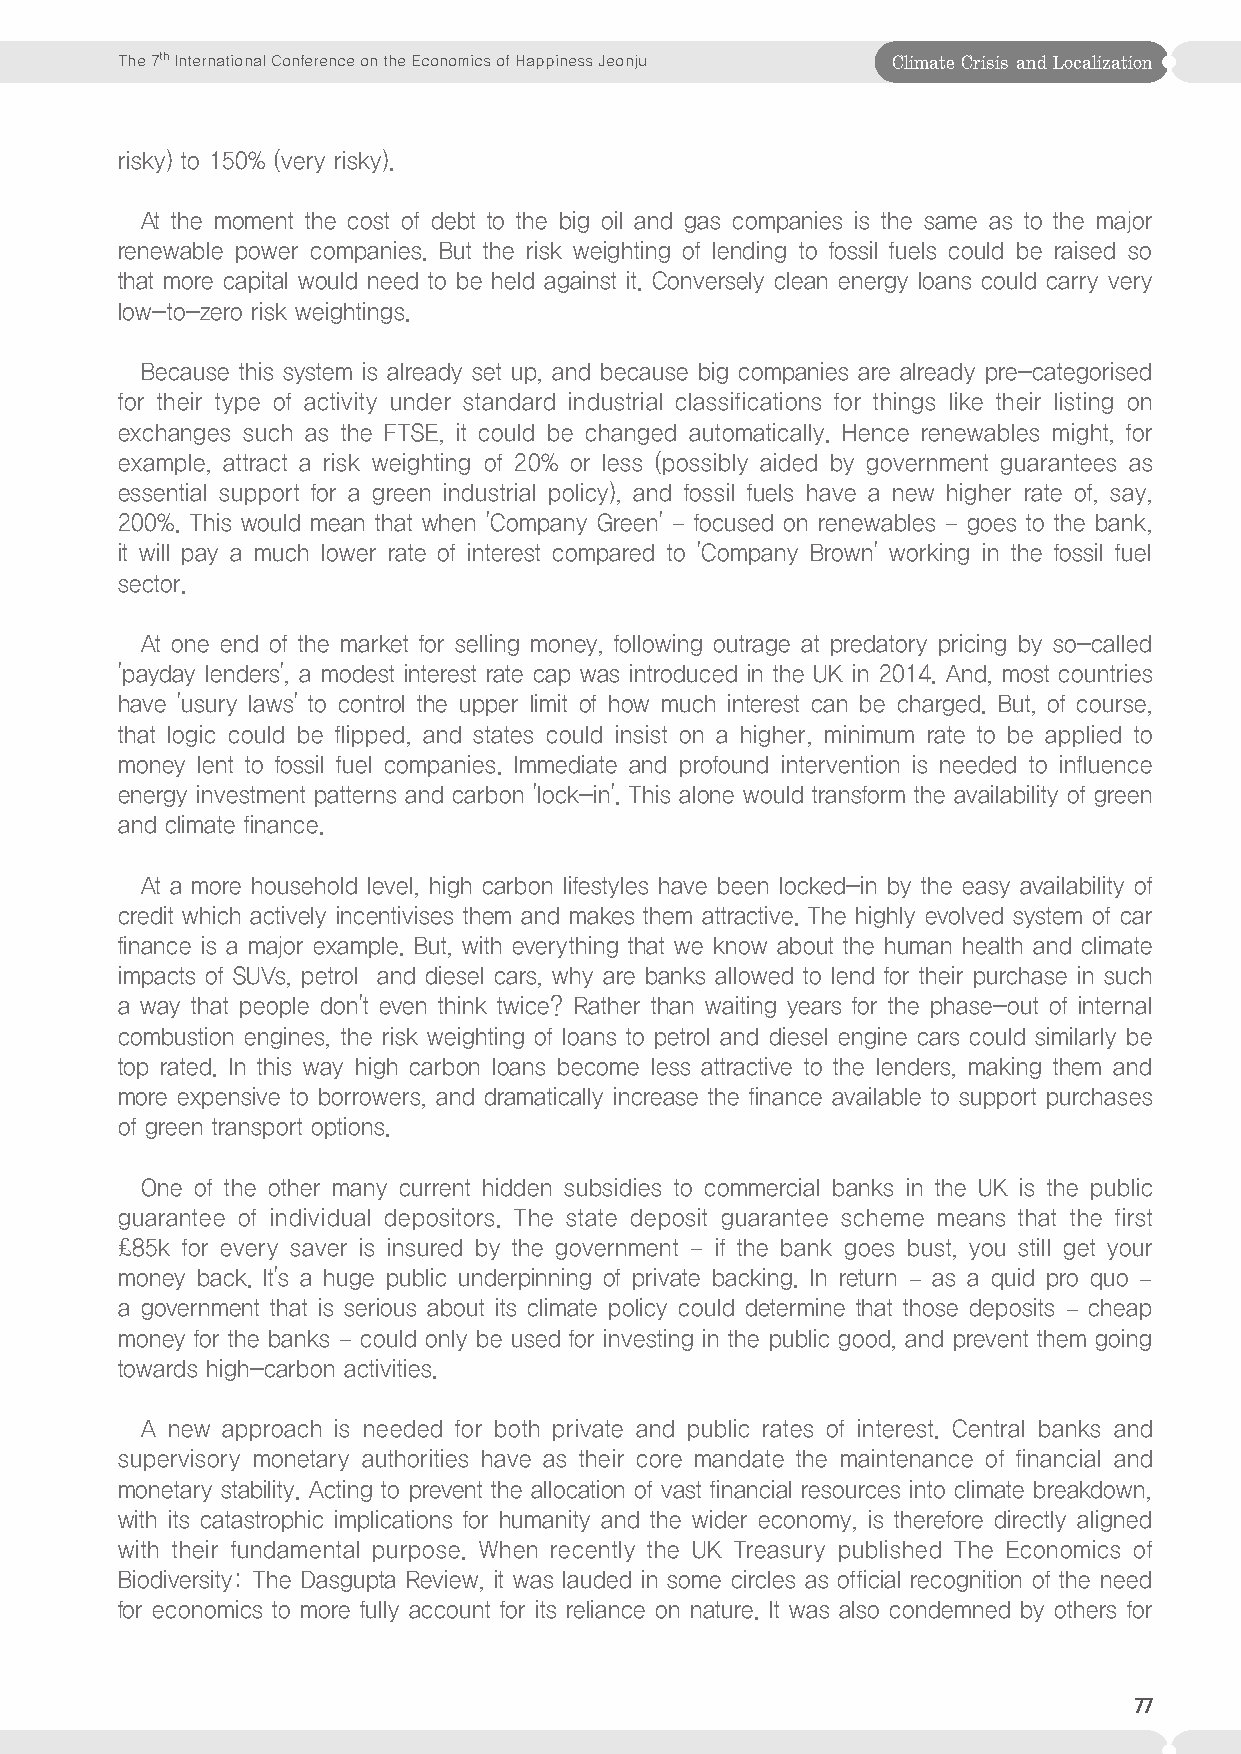
The 7th International Conference on the Economics of Happiness Jeonju Climate Crisis and Localization
 risky) to 150% (very risky).
 At the moment the cost of debt to the big oil and gas companies is the same as to the major
 renewable power companies. But the risk weighting of lending to fossil fuels could be raised so
 that more capital would need to be held against it. Conversely clean energy loans could carry very
 low-to-zero risk weightings.
 Because this system is already set up, and because big companies are already pre-categorised
 for their type of activity under standard industrial classifications for things like their listing on
 exchanges such as the FTSE, it could be changed automatically. Hence renewables might, for
 example, attract a risk weighting of 20% or less (possibly aided by government guarantees as
 essential support for a green industrial policy), and fossil fuels have a new higher rate of, say,
 200%. This would mean that when 'Company Green' – focused on renewables – goes to the bank,
 it will pay a much lower rate of interest compared to 'Company Brown' working in the fossil fuel
 sector.
 At one end of the market for selling money, following outrage at predatory pricing by so-called
 'payday lenders', a modest interest rate cap was introduced in the UK in 2014. And, most countries
 have 'usury laws' to control the upper limit of how much interest can be charged. But, of course,
 that logic could be flipped, and states could insist on a higher, minimum rate to be applied to
 money lent to fossil fuel companies. Immediate and profound intervention is needed to influence
 energy investment patterns and carbon 'lock-in'. This alone would transform the availability of green
 and climate finance.
 At a more household level, high carbon lifestyles have been locked-in by the easy availability of
 credit which actively incentivises them and makes them attractive. The highly evolved system of car
 finance is a major example. But, with everything that we know about the human health and climate
 impacts of SUVs, petrol and diesel cars, why are banks allowed to lend for their purchase in such
 a way that people don't even think twice? Rather than waiting years for the phase-out of internal
 combustion engines, the risk weighting of loans to petrol and diesel engine cars could similarly be
 top rated. In this way high carbon loans become less attractive to the lenders, making them and
 more expensive to borrowers, and dramatically increase the finance available to support purchases
 of green transport options.
 One of the other many current hidden subsidies to commercial banks in the UK is the public
 guarantee of individual depositors. The state deposit guarantee scheme means that the first
 £85k for every saver is insured by the government – if the bank goes bust, you still get your
 money back. It's a huge public underpinning of private backing. In return – as a quid pro quo –
 a government that is serious about its climate policy could determine that those deposits – cheap
 money for the banks – could only be used for investing in the public good, and prevent them going
 towards high-carbon activities.
 A new approach is needed for both private and public rates of interest. Central banks and
 supervisory monetary authorities have as their core mandate the maintenance of financial and
 monetary stability. Acting to prevent the allocation of vast financial resources into climate breakdown,
 with its catastrophic implications for humanity and the wider economy, is therefore directly aligned
 with their fundamental purpose. When recently the UK Treasury published The Economics of
 Biodiversity: The Dasgupta Review, it was lauded in some circles as official recognition of the need
 for economics to more fully account for its reliance on nature. It was also condemned by others for
 77